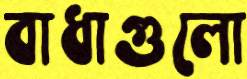
বাধাগুলো